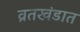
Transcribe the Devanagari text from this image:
व्रतखंडात